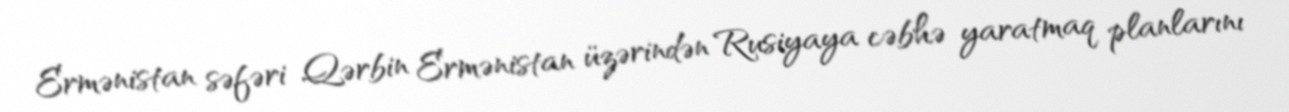
Ermənistan səfəri Qərbin Ermənistan üzərindən Rusiyaya cəbhə yaratmaq planlarını